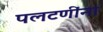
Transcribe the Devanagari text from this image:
पलटणींना